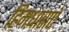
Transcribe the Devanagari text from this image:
हिमधाराएँ